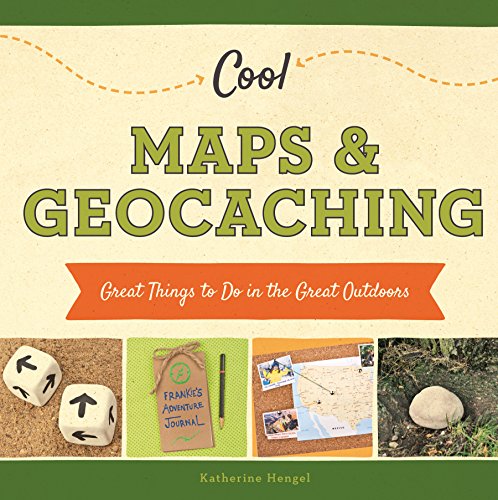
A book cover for Cool Maps & Geocaching:: Great Things to Do in the Great Outdoors (Cool Great Outdoors); Katherine Hengel; Children's Books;